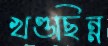
খণ্ডছিন্ন